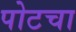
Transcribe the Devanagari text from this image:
पोटचा